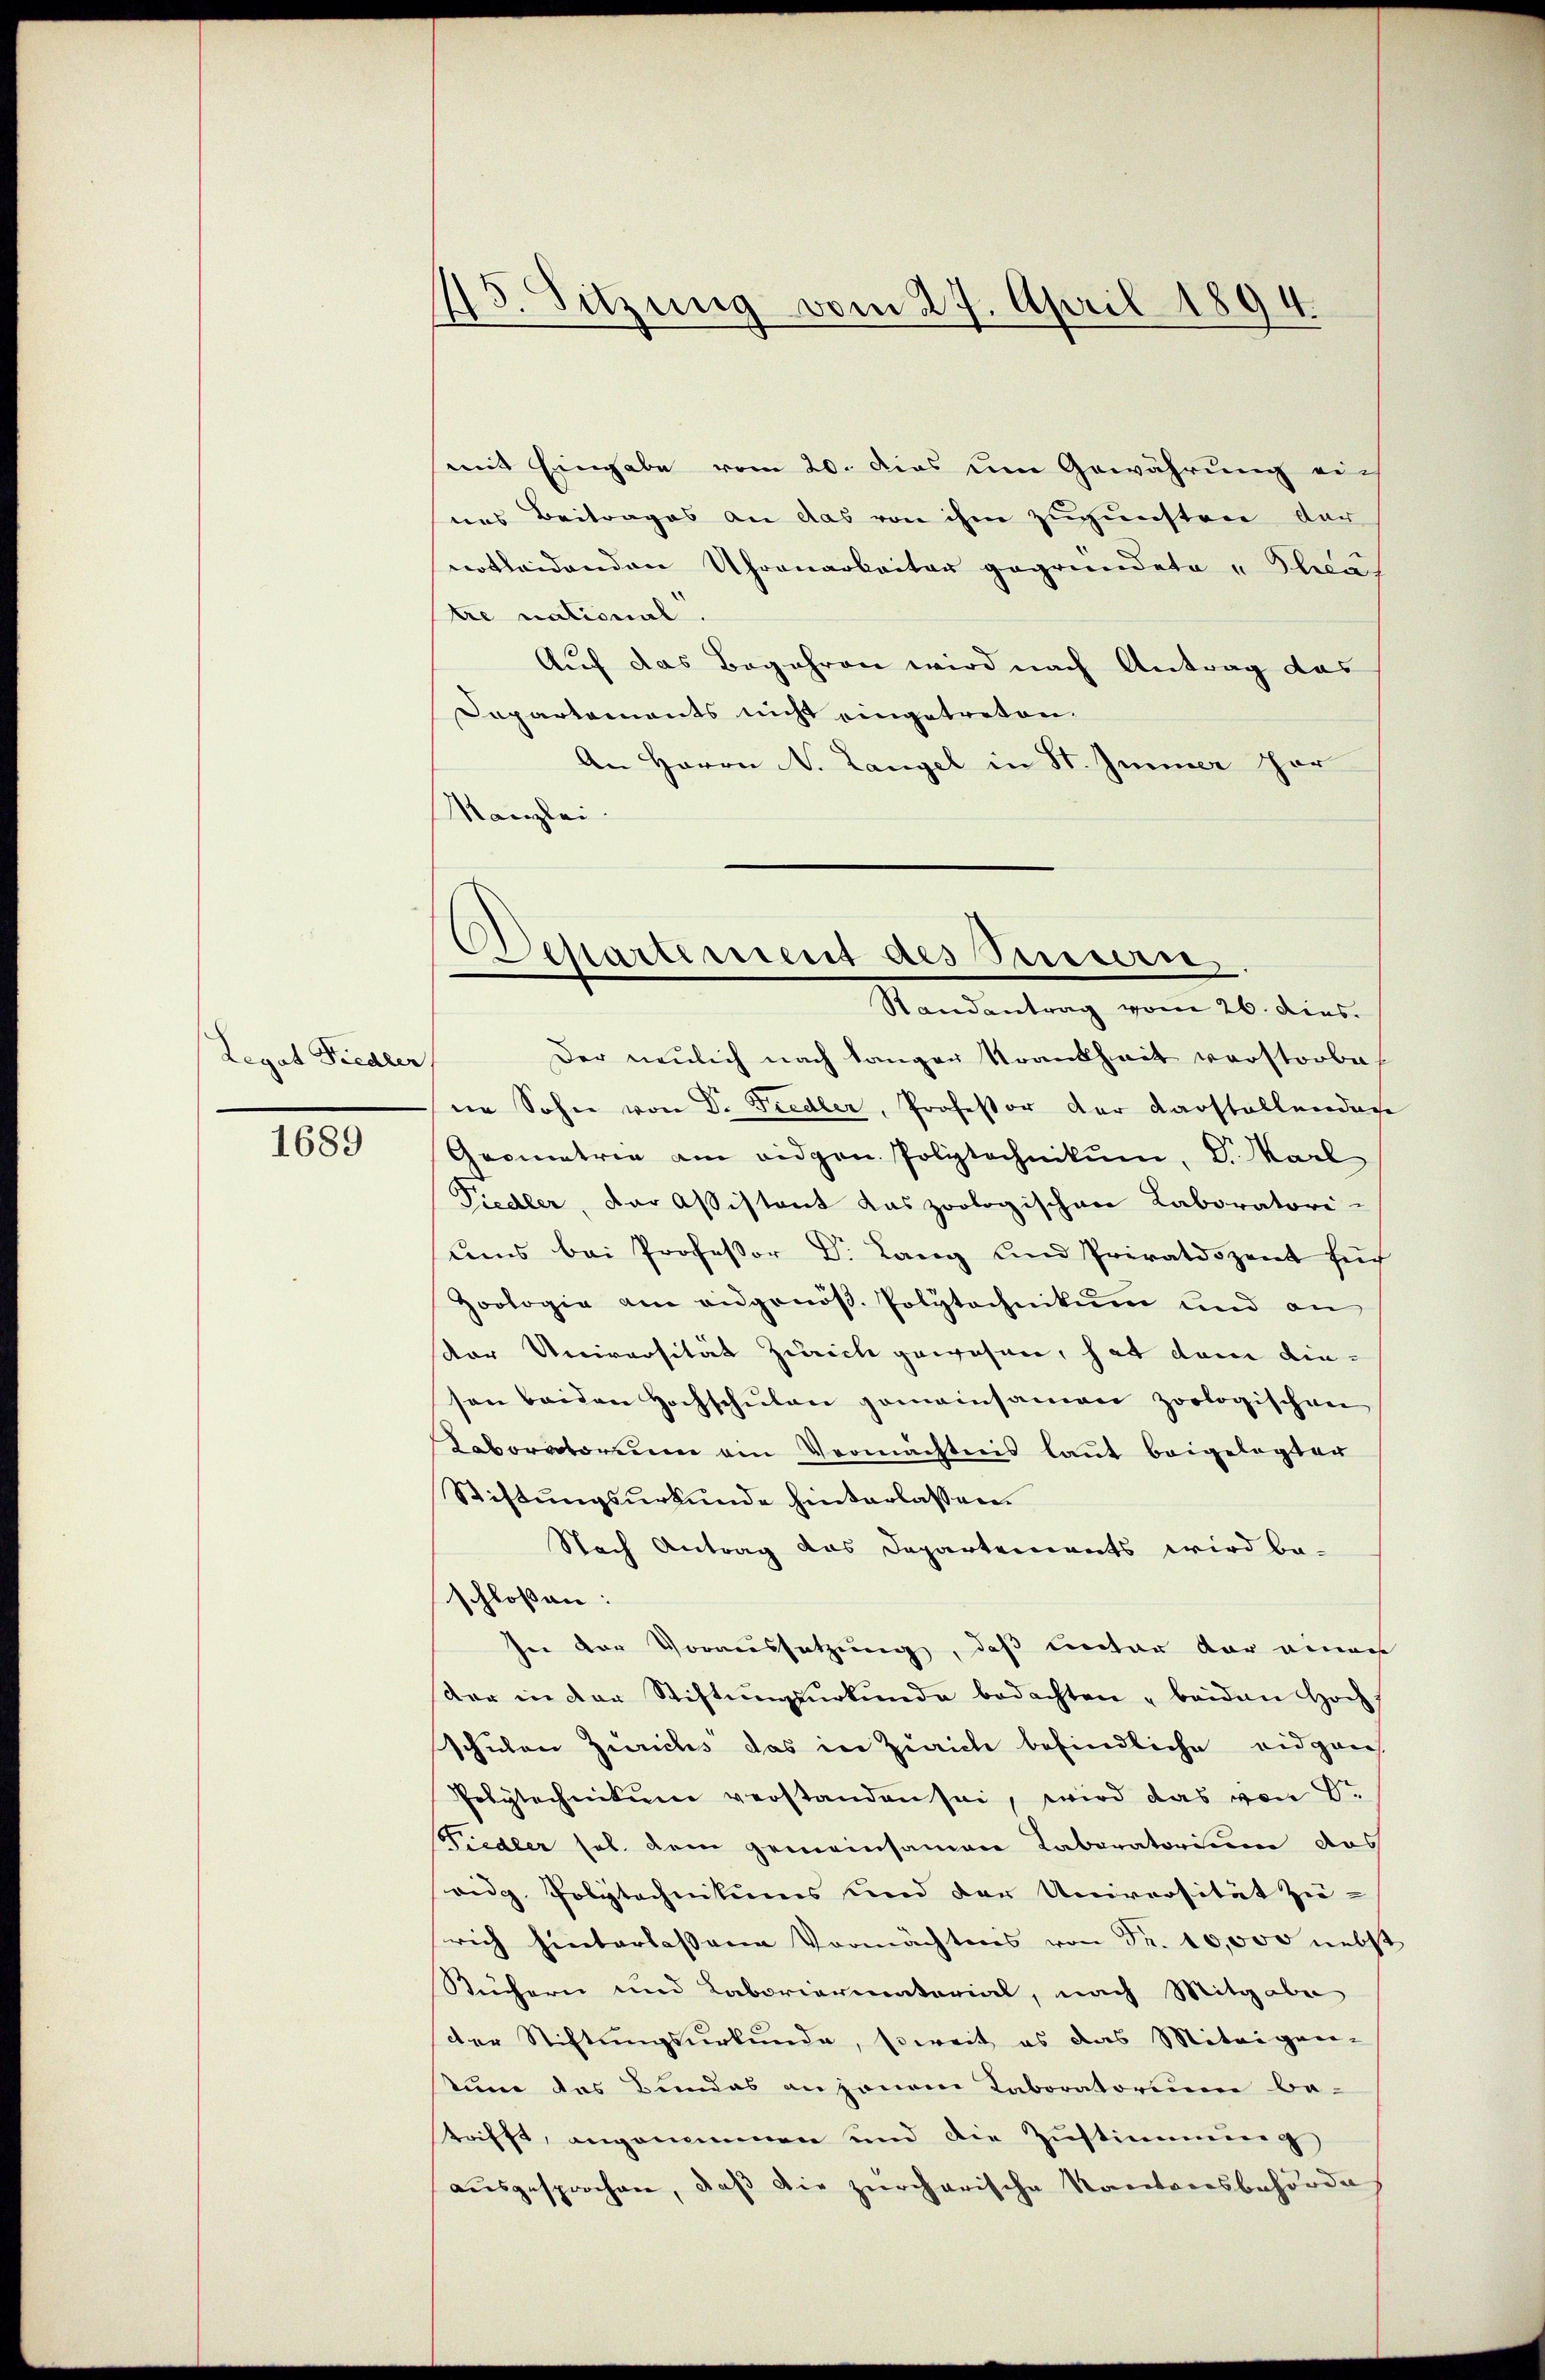
Legat Fiedler

1689

15. Sitzung vom 27. April 1894.

Separtement des Sinnern,
Randantrag vom 26. dies.

mit Eingabe vom 20. dies um Gewährung auf
nes Beitrages an das von ihm zugunsten dar
notleidenden Uhrenarbeiter gegründete "Thea.
tre national.
Auf das Begehren wird nach Antrag das
Dapartements nicht eingetreten.
An Herrn N. Langel in St. Immer hor
Kanzlei.
Der neulich nach langen Krankheit verstorbe
ne Sohn von Dr. Fiedler, Professor der Darstellendase
Geometrie am eidgen. Polytechnikum, D. Karl
Piedler, der Assistant das zoologischen Laboratori-
ums bei Professor Dr. Lang und Privatdozent für
Zoologie am ausgenöß. Polytechnikum und an
der Universität Zürich gewesen, hat dem dieson beiden Hochschulen gemeinsamen zoologischen
Laboratorium am Vermächtnis laut beigelegter
Stiftungsurkunde hinterlassen.
Nach Antrag das Departements wird be-
schlossen:
In der Voraussetzung, daß Lector der einer
der in der Stiftŭngsŭrkŭnde bedachten beiden Hoch-
schulen Zürichs das in Zürich befindliche eidgen
Polytechnikum verstanden sei, wird das von Dr
Siedler sel. dem gemeinsamen Laboratorium das
oidg. Polytechnikums und der Universität Zei-
rich hinterlassene Vermächtens von Fr. 10,000 nebst
Küchern und Laboriermatorial, nach Mitgabe
der Stiftungsurkunde, soweit es das Miteigen-
tum des Bundes anzenem Taboratorium be-
trifft, angenommen und die Zustimmung
ausgesprochen, daß die zürcherische Kantonsbehörde